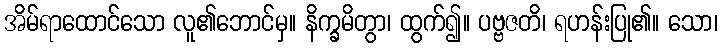
အိမ်ရာထောင်သော လူ၏ဘောင်မှ။ နိက္ခမိတွာ၊ ထွက်၍။ ပဗ္ဗဇတိ၊ ရဟန်းပြု၏။ သော၊